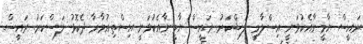
ރައީސް ޔާމީނާއެކުވަނީ އިސްލާމީ ލަޝްކަރު. ރައީސް ޔާމީނާއެކުވަނީ އިސްތިއުމާރާ ދެކޮޅު ލަސްކަރު. ރައީސް